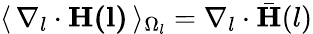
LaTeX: \langle\, \nabla_{l}\cdot\mathbf{H(l)}\, \rangle_{\Omega_{l}}=\nabla_{l}\cdot\bar{\mathbf{H}}(l)